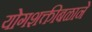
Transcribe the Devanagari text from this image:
योगशक्तीबळाने